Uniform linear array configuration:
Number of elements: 8
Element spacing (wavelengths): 0.25
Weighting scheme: kaiser
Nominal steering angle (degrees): -45
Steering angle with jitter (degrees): -45.264
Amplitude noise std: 0.05
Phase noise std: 0.05

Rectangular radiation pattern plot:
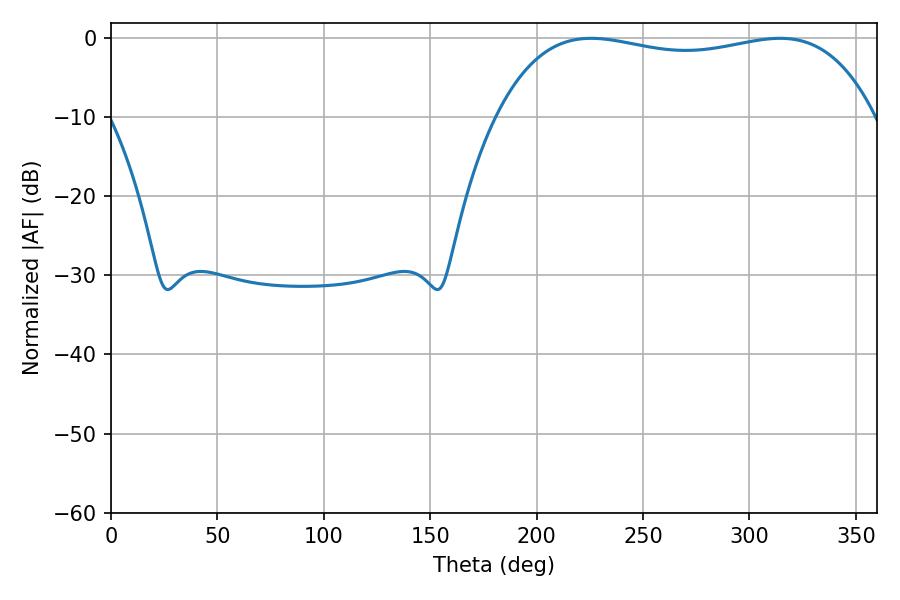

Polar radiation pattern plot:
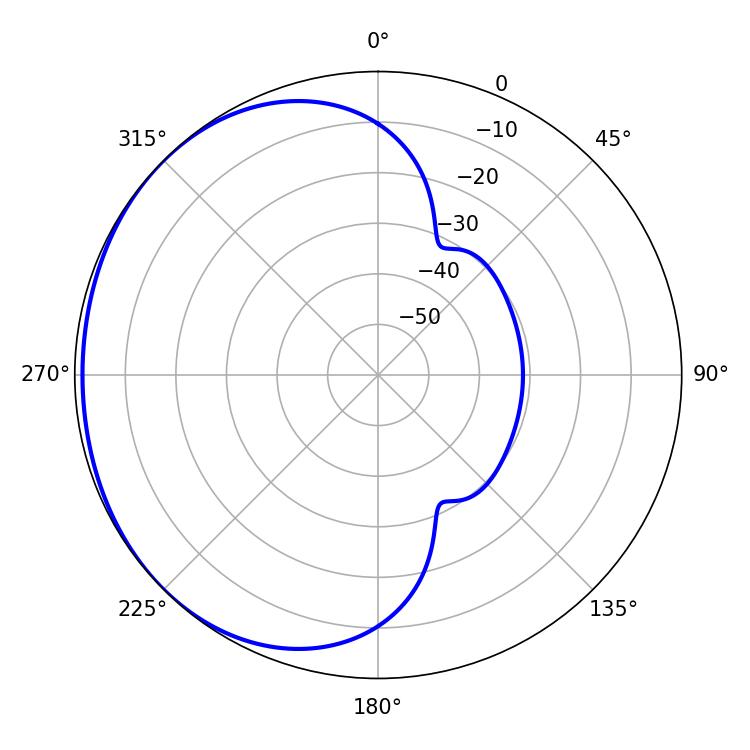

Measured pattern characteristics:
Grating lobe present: FALSE
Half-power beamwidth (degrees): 142.92
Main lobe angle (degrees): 225.54